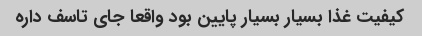
کیفیت غذا بسیار بسیار پایین بود واقعا جای تاسف داره